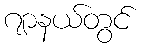
ဂျာနယ်တွင်